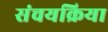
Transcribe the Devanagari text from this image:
संचयक्रिया